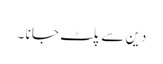
دین سے پلٹ جا نا ۔